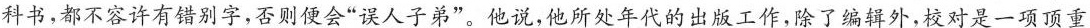
科书，都不容许有错别字，否则便会”误人子弟”。他说，他所处年代的出版工作，除了编辑外，校对是一项顶重